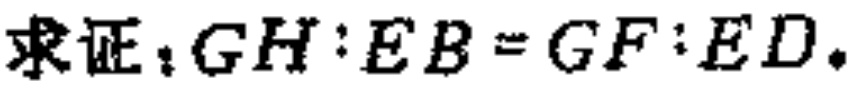
求证：\(GH:EB = GF:ED\)。